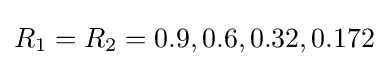
R_{1}=R_{2}=0.9,0.6,0.32,0.172